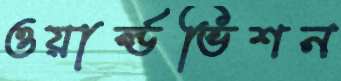
ওয়ার্ল্ডভিশন